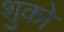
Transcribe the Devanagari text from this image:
शुको